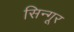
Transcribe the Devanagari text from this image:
सिन्गूर